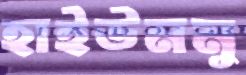
হাইউনমু